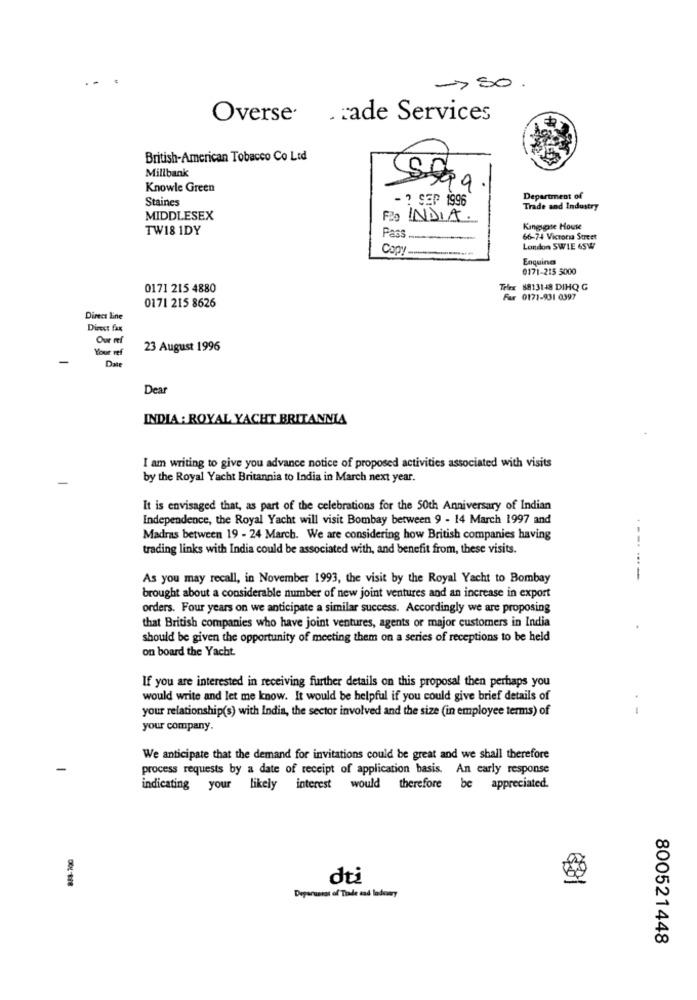
-> SO.
Overse . : ade Services
British-American Tobacco Co Ltd
Millbank
Knowle Green
Staines
Department of
- ? SEP 1996
Trade and Industry
MIDDLESEX
Fão INDIA.
TW18 1DY
Kingsgate House
Pass
66-74 Victoria Street
Copy
London SWIE 65W
Enquines
0171-215 5000
0171 215 4880
Telex 8813148 DIHQ G
Far 0171-931 0397
0171 215 8626
Direct Line
Direct fax
Our ref
Your ref
23 August 1996
Date
Dear
INDIA : ROYAL YACHT BRITANNIA
I am writing to give you advance notice of proposed activities associated with visits
by the Royal Yacht Britannia to India in March next year.
It is envisaged that, as part of the celebrations for the 50th Anniversary of Indian
Independence, the Royal Yacht will visit Bombay between 9 - 14 March 1997 and
Madras between 19 - 24 March. We are considering how British companies having
--.
trading links with India could be associated with, and benefit from, these visits.
As you may recall, in November 1993, the visit by the Royal Yacht to Bombay
brought about a considerable number of new joint ventures and an increase in export
orders. Four years on we anticipate a similar success. Accordingly we are proposing
that British companies who have joint ventures, agents or major customers in India
should be given the opportunity of meeting them on a series of receptions to be held
on board the Yacht.
If you are interested in receiving further details on this proposal then perhaps you
would write and let me know. It would be helpful if you could give brief details of
your relationship(s) with India, the sector involved and the size (in employee terms) of
.-
your company.
We anticipate that the demand for invitations could be great and we shall therefore
process requests by a date of receipt of application basis. An early response
indicating your likely interest would therefore be appreciated.
dti
Deparierst of Trade and ladomy
800521448